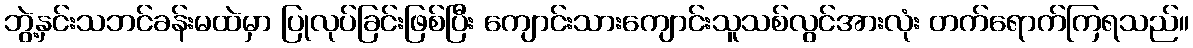
ဘွဲ့နှင်းသဘင်ခန်းမထဲမှာ ပြုလုပ်ခြင်းဖြစ်ပြီး ကျောင်းသားကျောင်းသူသစ်လွင်အားလုံး တက်ရောက်ကြရသည်။